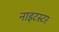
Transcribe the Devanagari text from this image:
नाइटस्टर